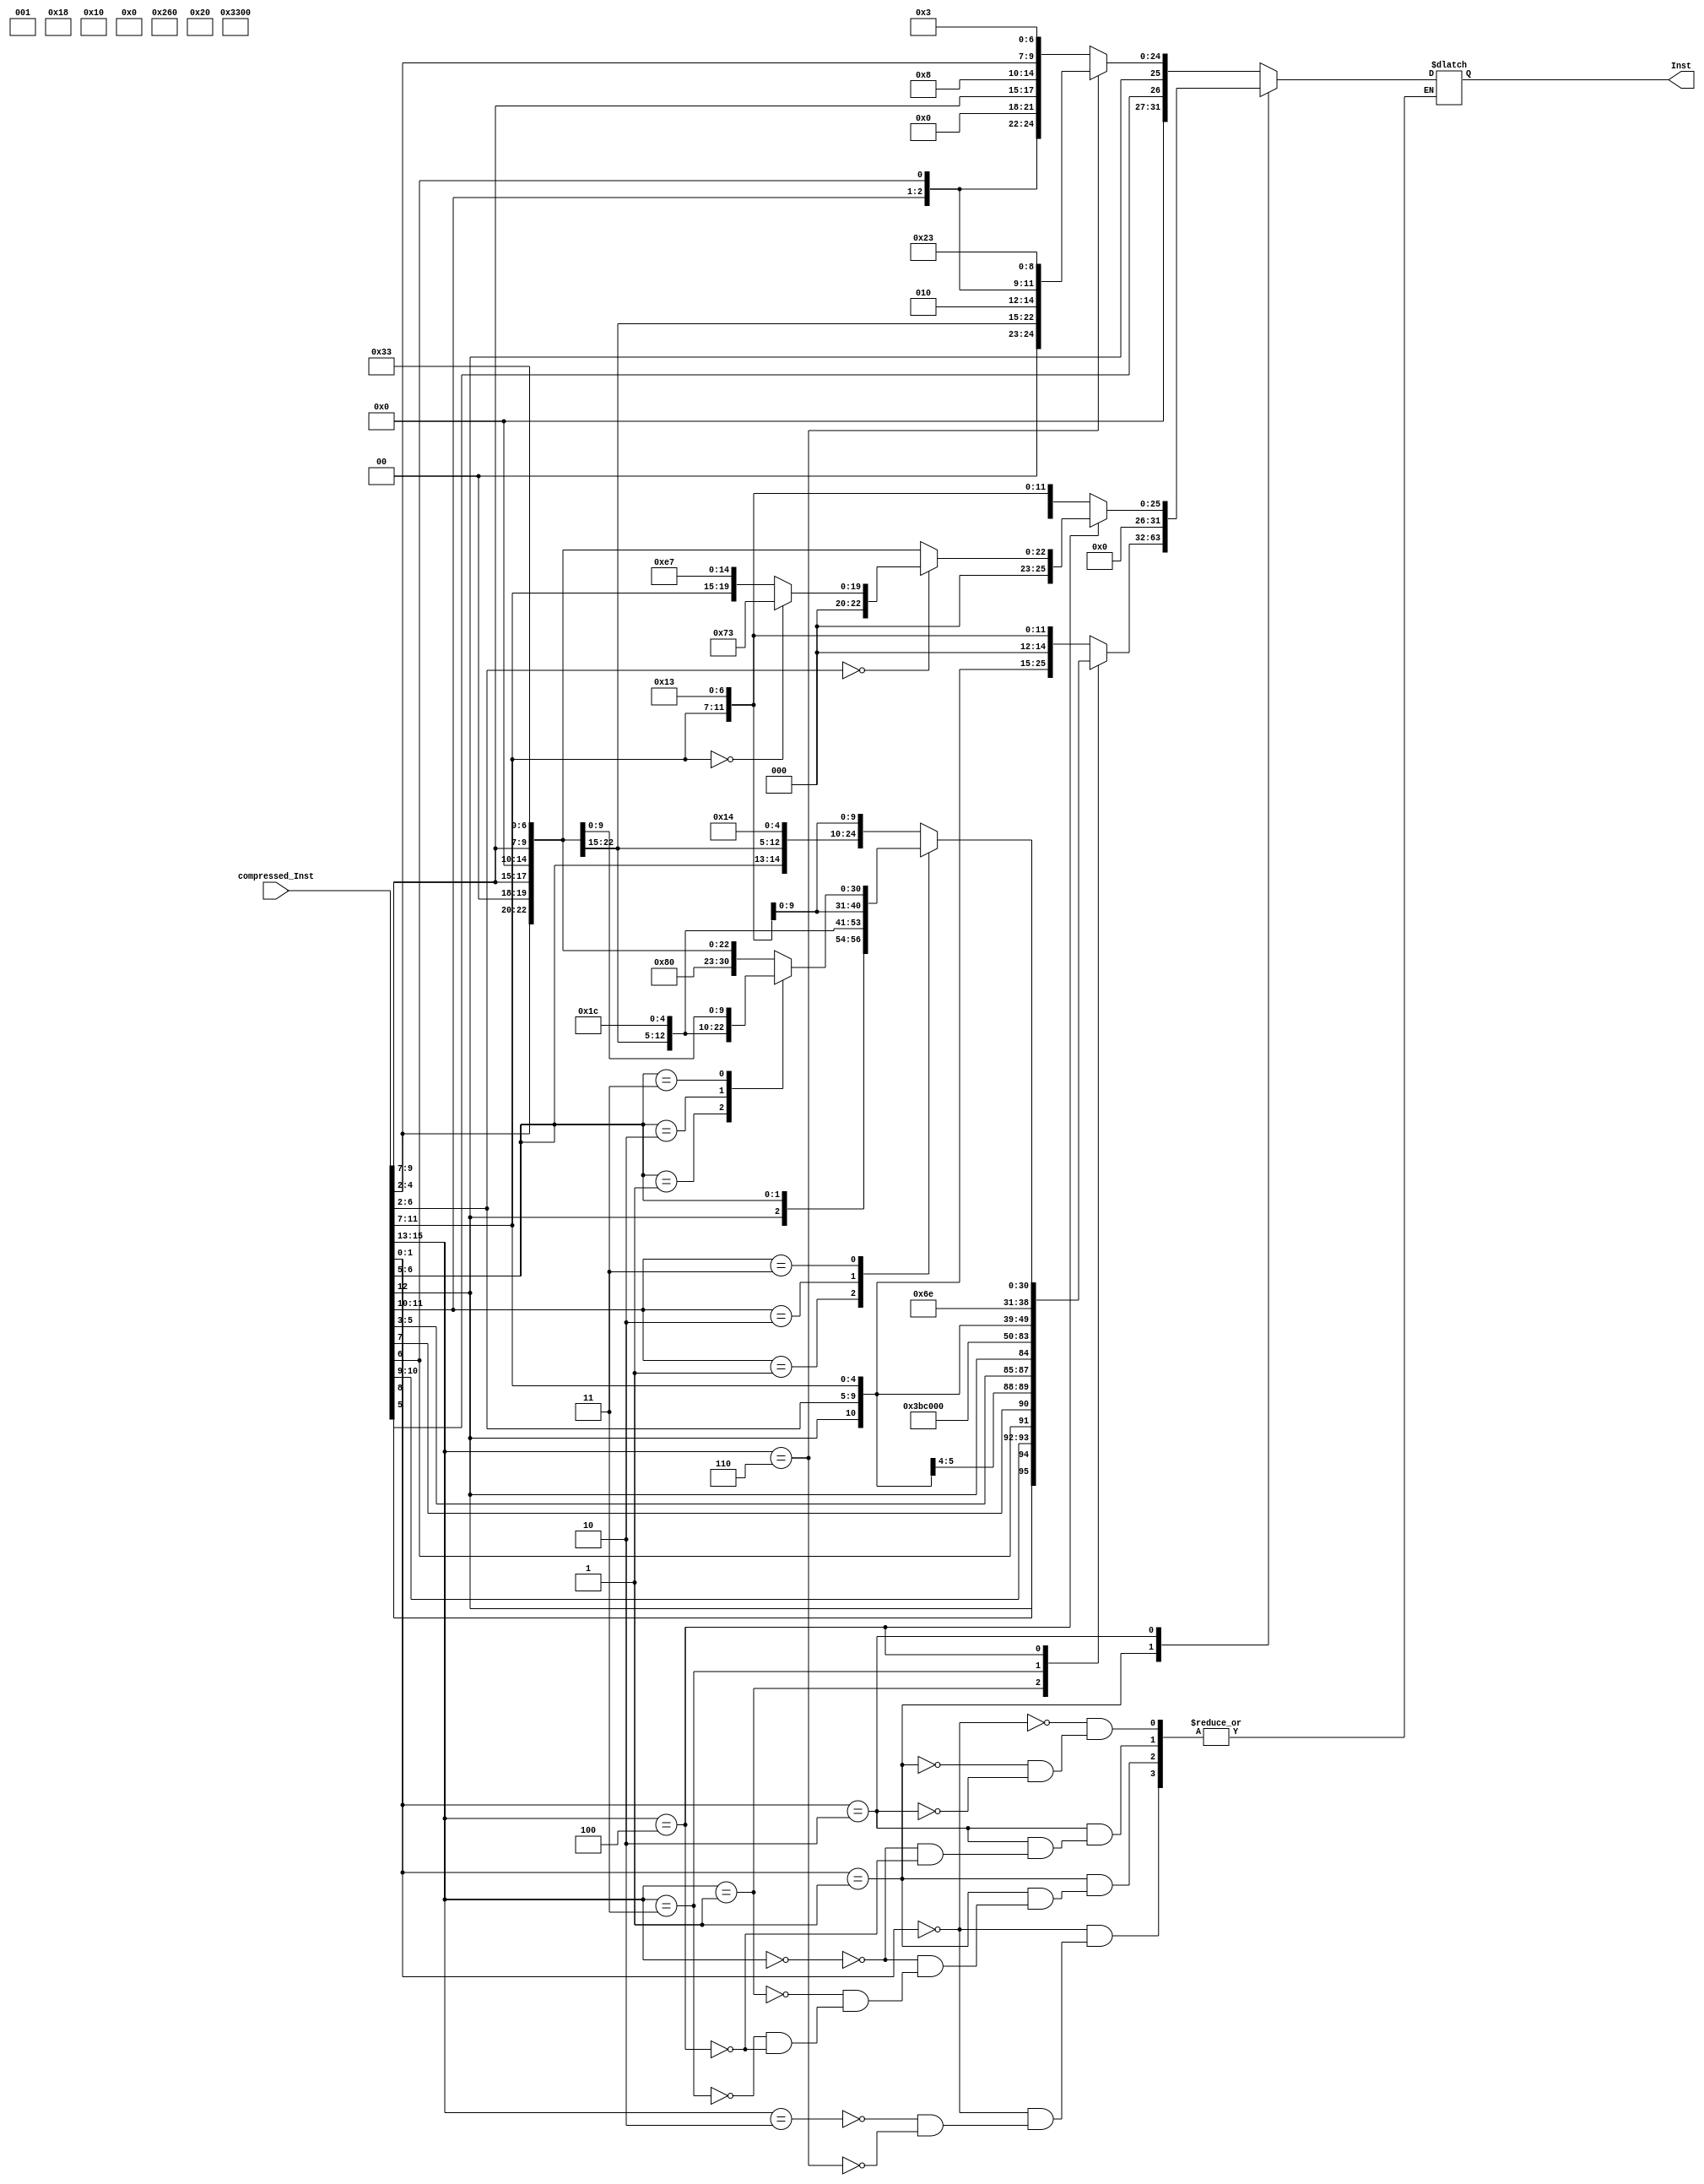
module compressed_ctrl(input [15:0] compressed_Inst ,output reg [31:0] Inst);

always @ (*) begin
case (compressed_Inst[1:0]) 

 2'b00: 
    case (compressed_Inst[15:13])
        3'b010: Inst = 
                    {5'b00000,compressed_Inst[5],compressed_Inst[12:10],
                    compressed_Inst[6],2'b00,2'b00,compressed_Inst[9:7],
                    3'b010,2'b00,
                    compressed_Inst[4:2],
                    5'b00_000,2'b11}; //lw
        3'b110: Inst =  
                   {5'b00000,compressed_Inst[5],compressed_Inst[12],2'b00
                   ,compressed_Inst[4:2],2'b00,compressed_Inst[9:7],3'b010
                   ,compressed_Inst[11:10]
                   ,compressed_Inst[6],2'b00,
                   5'b01_000,2'b11};//Sw
    endcase

 2'b01:
    case (compressed_Inst[15:13])
       3'b000: 
              Inst = {6'b000000,compressed_Inst[12],compressed_Inst[6:2],
                      compressed_Inst[11:7],3'b000,compressed_Inst[11:7]
                     ,5'b00_100,2'b11}; //Addi
       3'b001:
              Inst =  
                        {compressed_Inst[12],compressed_Inst[8],compressed_Inst[10:9]
                         ,compressed_Inst[6],compressed_Inst[7],
                        compressed_Inst[2],compressed_Inst[11],compressed_Inst[5:3],
                        compressed_Inst[12],8'b00000000,5'b00001,5'b11_011,2'b11};//Jal
       3'b011: 
              Inst = 
                     {14'b00000000000000,compressed_Inst[12],compressed_Inst[6:2]
                     ,compressed_Inst[11:7],5'b01_101,2'b11};//Lui
      
       3'b100:
              case (compressed_Inst[11:10])
                  2'b00: 
                        Inst =
                               {7'b0000000,compressed_Inst[6:2],2'b00,compressed_Inst[9:7],3'b101,2'b00,
                               compressed_Inst[9:7],5'b00_100,2'b11};//Srli
                  2'b01:
                        Inst = 
                               {7'b0100000,compressed_Inst[6:2],2'b00,compressed_Inst[9:7],3'b101,2'b00,
                               compressed_Inst[9:7],5'b00_100,2'b11};//Srai
                  2'b10:
                        Inst = 
                                {7'b0000000,compressed_Inst[12],compressed_Inst[6:2],2'b00,
                                 compressed_Inst[9:7], 3'b111,2'b00,compressed_Inst[9:7],
                                 5'b00_100,2'b11};//Andi
  
                  2'b11:
                        case (compressed_Inst[6:5])
                            2'b00:
                                  Inst = {7'b0100000,2'b00,compressed_Inst[4:2],2'b00
                                         ,compressed_Inst[9:7],3'b000,
                                          2'b00,compressed_Inst[9:7],5'b01_100,2'b11}; //Sub
                            2'b01:
                                  Inst = {7'b0000000,2'b00,compressed_Inst[4:2],2'b00,compressed_Inst[9:7],
                                          3'b100,2'b00,compressed_Inst[9:7],5'b01_100,2'b11};//Xor
                            2'b10:
                                  Inst = {7'b0000000,2'b00,compressed_Inst[4:2],2'b00
                                          ,compressed_Inst[9:7],3'b110,
                                          2'b00,compressed_Inst[9:7],5'b01_100,2'b11};//Or
                            2'b11: 
                                  Inst = 
                                          {7'b0000000,2'b00,compressed_Inst[4:2],2'b00,
                                          compressed_Inst[9:7],3'b111,2'b00,
                                           compressed_Inst[9:7],5'b01_100,2'b11};//And

                                  
                        endcase
                        
              endcase
              
    endcase
    
2'b10: 
      case (compressed_Inst[15:13])
        3'b000: 
                Inst =
                        {7'b0000000, compressed_Inst[12], compressed_Inst[6:2],
                        compressed_Inst[11:7],3'b001, compressed_Inst[11:7],
                        5'b00_100,2'b11};//Slli
      
        3'b100: 
                case (compressed_Inst[6:2])
                    5'b00000: 
                      case (compressed_Inst[11:7])
          
                          5'b00000:
                                Inst= 
                                      {{11{0}},1'b1,{13{0}},5'b11_100,2'b11};  //Ebreak
          
                          default://rs1!=zero
                                Inst = 
                                      {{12{0}},compressed_Inst[11:7],3'b000,
                                       5'b00001,5'b11_001, 2'b11}; //Jalr
                      endcase
       
                    default: //rs2!=0
              
                    Inst =
                          {7'b0000000,2'b00,compressed_Inst[4:2],2'b00,
                          compressed_Inst[9:7],3'b000,2'b00,compressed_Inst[9:7]
                          ,5'b01_100,2'b11}; //Add  
                    
                endcase


      endcase
      
endcase

end

endmodule